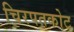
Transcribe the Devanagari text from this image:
चिरपतकोट